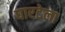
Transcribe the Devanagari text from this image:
घारटेला